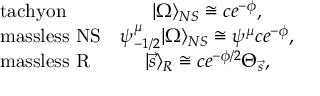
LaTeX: \left. \begin{array} { l c } { { \mathrm { t a c h y o n } } } & { { | \Omega \rangle _ { N S } \cong c e ^ { - \phi } , } } \\ { { \mathrm { m a s s l e s s ~ N S } } } & { { \psi _ { - 1 / 2 } ^ { \mu } | \Omega \rangle _ { N S } \cong \psi ^ { \mu } c e ^ { - \phi } , } } \\ { { \mathrm { m a s s l e s s ~ R } } } & { { | \vec { s } \rangle _ { R } \cong c e ^ { - \phi / 2 } \Theta _ { \vec { s } } , } } \end{array} \right.